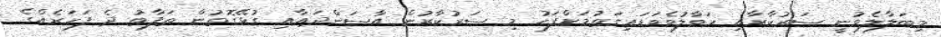
މިބަލާލެވުނީ ސަރުކާރާއި ހަވާލުވެވަޑައިގަތުމަށްފަހު މި ސަރުކާރުން އާސަންދައާއި ގުޅޭގޮތުން ތަފާތު ދެ ފަހަރެއްގެ